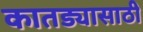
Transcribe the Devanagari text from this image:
कातड्यासाठी